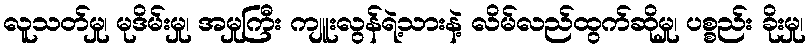
လူသတ်မှု၊ မုဒိမ်းမှု၊ အမှုကြီး ကျူးလွန်ရဲ့သားနဲ့ လိမ်လည်ထွက်ဆိုမှု၊ ပစ္စည်း ခိုးမှု၊